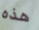
هذه